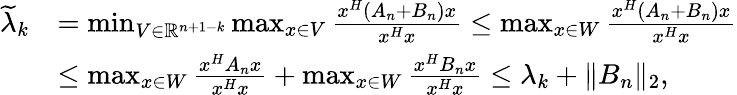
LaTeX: \begin{array}{rl}{\widetilde{\lambda}_{k}}&{=\operatorname*{min}_{V\in\mathbb{R}^{n+1-k}}\operatorname*{max}_{x\in V}{\frac{x^{H}(A_{n}+B_{n})x}{x^{H}x}}\leq\operatorname*{max}_{x\in W}{\frac{x^{H}(A_{n}+B_{n})x}{x^{H}x}}}\\ &{\leq\operatorname*{max}_{x\in W}{\frac{x^{H}A_{n}x}{x^{H}x}}+\operatorname*{max}_{x\in W}{\frac{x^{H}B_{n}x}{x^{H}x}}\leq\lambda_{k}+\Vert B_{n}\Vert_{2},}\end{array}